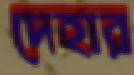
দেহার